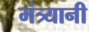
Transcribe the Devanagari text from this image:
मंत्र्यानी